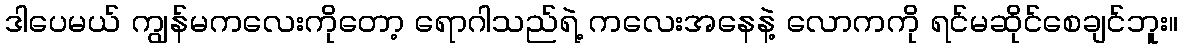
ဒါပေမယ် ကျွန်မကလေးကိုတော့ ရောဂါသည်ရဲ့ ကလေးအနေနဲ့ လောကကို ရင်မဆိုင်စေချင်ဘူး။